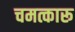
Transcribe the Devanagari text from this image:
चमत्कारू